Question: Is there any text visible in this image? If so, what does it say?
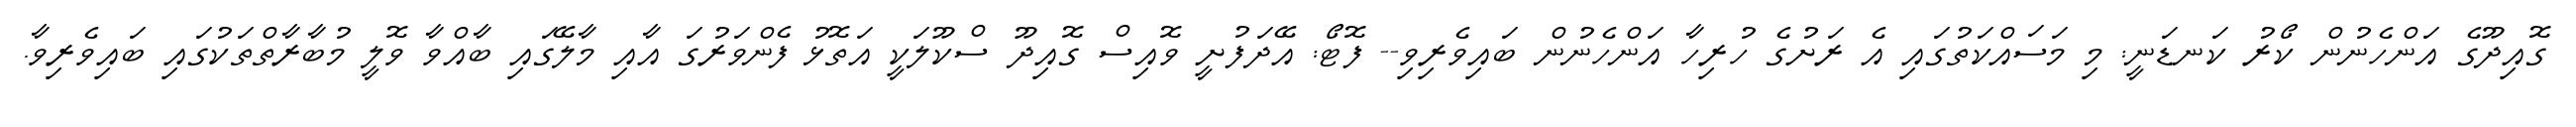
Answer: ގޮއިދޫގެ އަންހެނުން ކޯރު ކަނޑަނީ: މި މަސައްކަތުގައި އެ ރަށުގެ ހުރިހާ އަންހެނުން ބައިވެރިވި-- ފޮޓޯ: އޭދަފުށީ ވޮއިސް ގޮއިދޫ ސްކޫލަކީ އަތޮޅު ފެންވަރުގަ އާއި މާލޭގައި ބާއްވާ ވޮލީ މުބާރާތްތަކުގައި ބައިވެރިވާ.